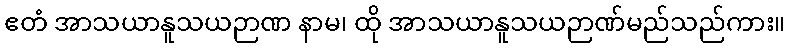
ဧတံ အာသယာနူသယဉာဏ နာမ၊ ထို အာသယာနူသယဉာဏ်မည်သည်ကား။